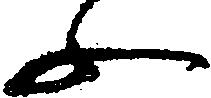
ふ